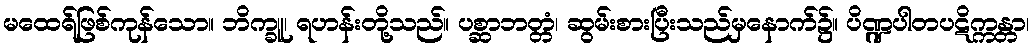
မထေရ်ဖြစ်ကုန်သော။ ဘိက္ခူ၊ ရဟန်းတို့သည်။ ပစ္ဆာဘတ္တံ၊ ဆွမ်းစားပြီးသည်မှနောက်၌။ ပိဏ္ဍပါတပဋိက္ကန္တာ၊